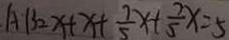
A B = x + x + \frac { 7 } { 5 } x + \frac { 7 } { 5 } x = 5